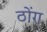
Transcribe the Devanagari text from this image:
ठोंग